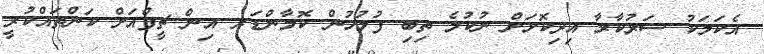
އެކަމަކު ސަރުކާރާ އިދިކޮޅަށް ނުކުމެ ތިބި ފުލުހުން ކޮމާންޑަރ އިން ޗީފްއަށް ކަންތައްކުރީ